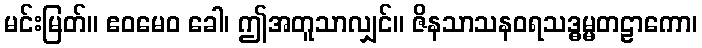
မင်းမြတ်။ ဧဝမေဝ ခေါ၊ ဤအတူသာလျှင်။ ဇိနသာသနဝရသဒ္ဓမ္မတဠာကော၊